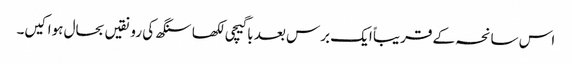
اس سانحہ کے قریباً ایک برس بعد باگیچی لکھا سنگھ کی رونقیں بحال ہوا کیں۔